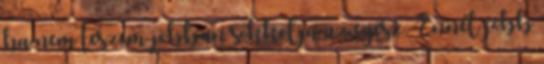
ha nem teszem jobban sokkolja az egész. Ennél jobb